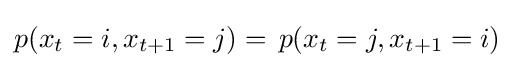
p(x_{t}=i,x_{t+1}=j)=\,p(x_{t}=j,x_{t+1}=i)